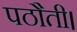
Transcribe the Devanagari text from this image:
पठौती।